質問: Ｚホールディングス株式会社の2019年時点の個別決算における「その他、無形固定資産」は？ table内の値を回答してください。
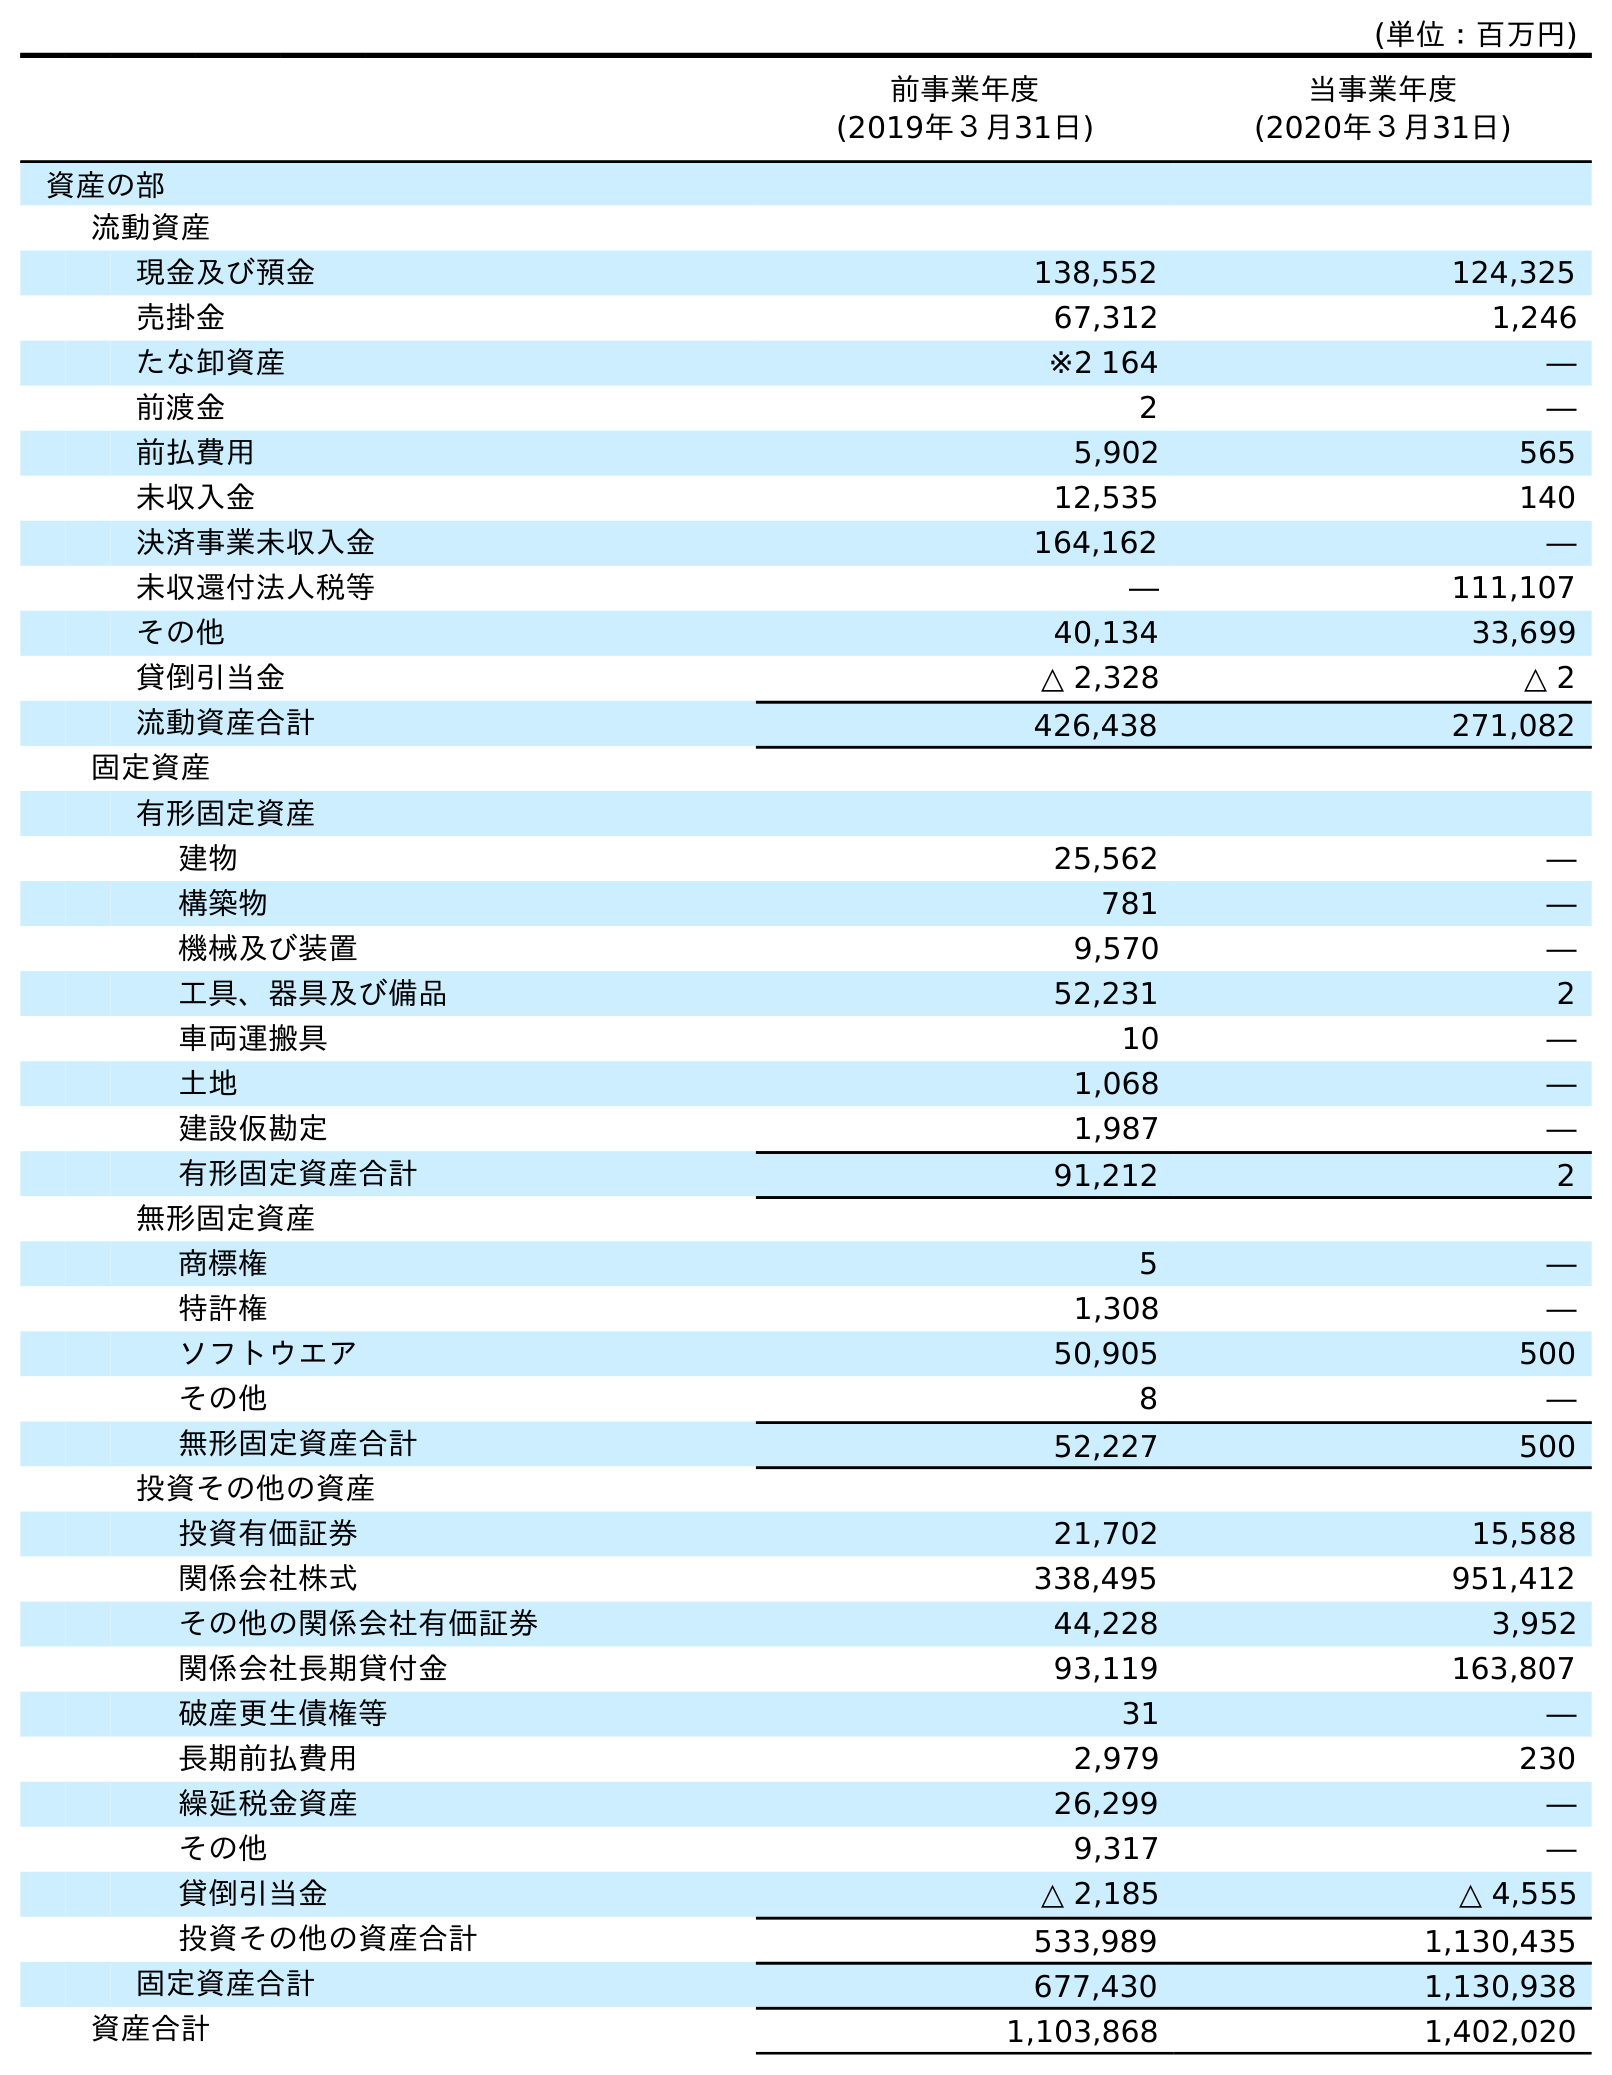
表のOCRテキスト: (単位：百万円) 前事業年度 (2019年３月31日) 当事業年度 (2020年３月31日) 資産の部 流動資産 現金及び預金 138,552 124,325 売掛金 67,312 1,246 たな卸資産 ※2 164 ― 前渡金 2 ― 前払費用 5,902 565 未収入金 12,535 140 決済事業未収入金 164,162 ― 未収還付法人税等 ― 111,107 その他 40,134 33,699 貸倒引当金 △ 2,328 △ 2 流動資産合計 426,438 271,082 固定資産 有形固定資産 建物 25,562 ― 構築物 781 ― 機械及び装置 9,570 ― 工具、器具及び備品 52,231 2 車両運搬具 10 ― 土地 1,068 ― 建設仮勘定 1,987 ― 有形固定資産合計 91,212 2 無形固定資産 商標権 5 ― 特許権 1,308 ― ソフトウエア 50,905 500 その他 8 ― 無形固定資産合計 52,227 500 投資その他の資産 投資有価証券 21,702 15,588 関係会社株式 338,495 951,412 その他の関係会社有価証券 44,228 3,952 関係会社長期貸付金 93,119 163,807 破産更生債権等 31 ― 長期前払費用 2,979 230 繰延税金資産 26,299 ― その他 9,317 ― 貸倒引当金 △ 2,185 △ 4,555 投資その他の資産合計 533,989 1,130,435 固定資産合計 677,430 1,130,938 資産合計 1,103,868 1,402,020
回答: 8